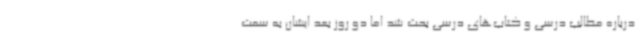
درباره مطالب درسی و کتاب‌های درسی بحث شد اما دو روز بعد ایشان به سمت